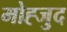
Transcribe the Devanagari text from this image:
मोह्जुद